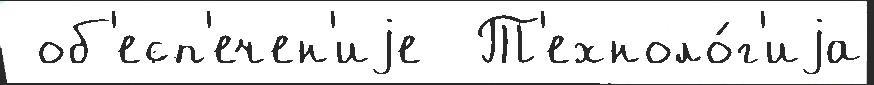
 об'есп'ечен'иjе  Т'ехноло́г'иjа